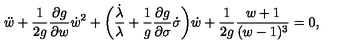
{ \ddot { w } } + \frac { 1 } { 2 g } \frac { \partial g } { \partial w } { \dot { w } } ^ { 2 } + \biggl ( \frac { \dot { \lambda } } { \lambda } + \frac { 1 } { g } \frac { \partial g } { \partial \sigma } \dot { \sigma } \biggr ) \dot { w } + \frac { 1 } { 2 g } \frac { w + 1 } { ( w - 1 ) ^ { 3 } } = 0 ,